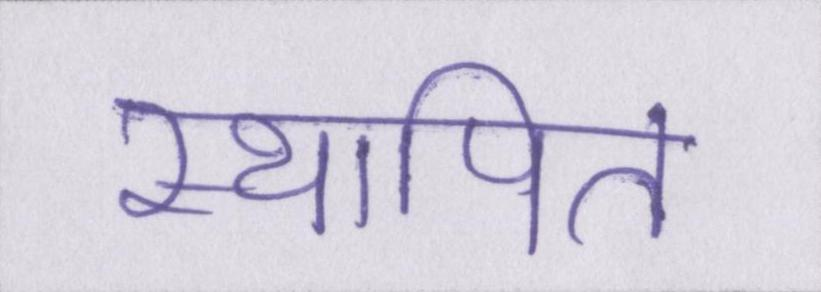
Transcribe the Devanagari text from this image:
स्थापित